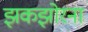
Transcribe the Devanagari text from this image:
झकझोरना